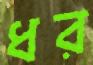
ধর